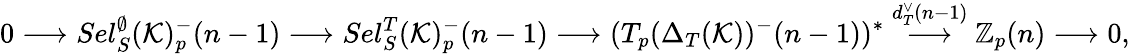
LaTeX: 0\longrightarrow Sel_{S}^{\emptyset}(\mathcal K)_{p}^{-}(n-1)\longrightarrow Sel_{S}^{T}(\mathcal K)_{p}^{-}(n-1)\longrightarrow(T_{p}(\Delta_{T}(\mathcal K))^{-}(n-1))^{\ast}\overset{d_{T}^{\vee}(n-1)}\longrightarrow\mathbb Z_{p}(n)\longrightarrow 0,